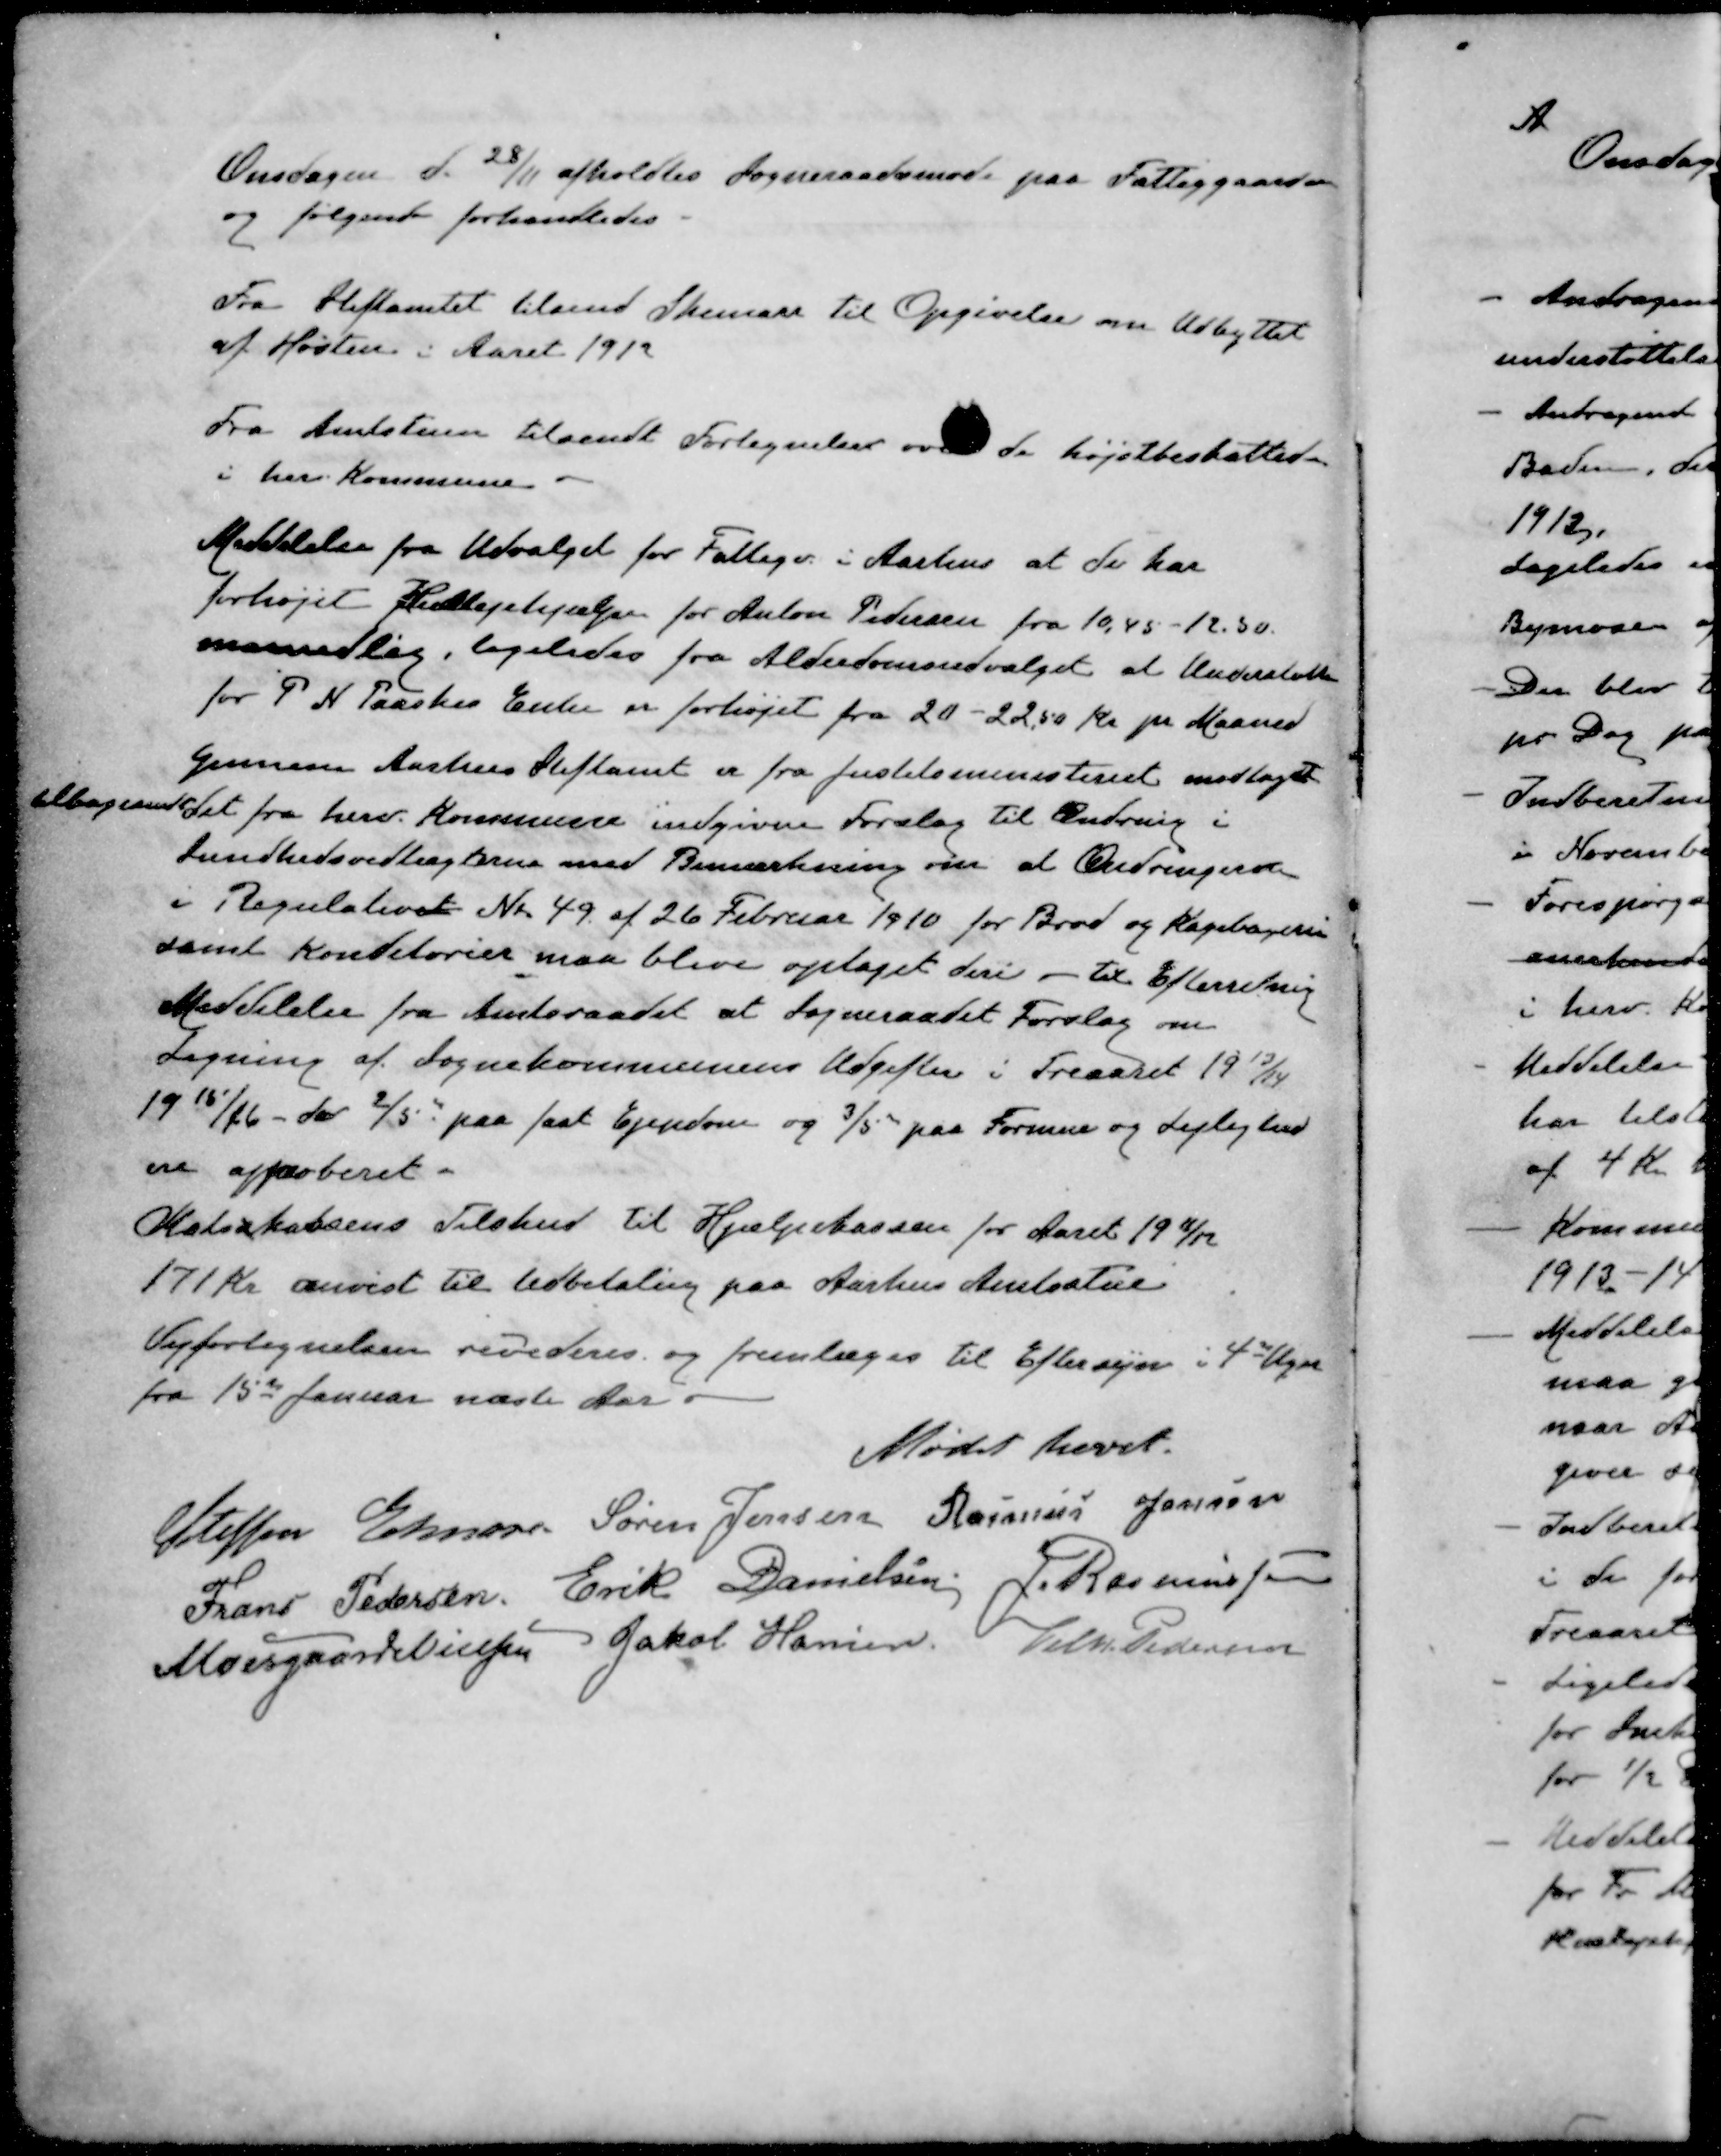
Transskription:
Onsdagen d. 20/11 afholdtes Sogneraadsmøde paa Fattiggaarden
og følgende forhandledes
Fra Stiftamtet tilsend Skemaer til Opgivelse om Udbyttet
af Høsten i Aaret 1912
Fra Amtstuen tilsendt Fortegnelser over de højstbeskattede
i herv Kommune
Meddelelse fra Udvalget for Fattigv i Aarhus at de har
forhøjet Huslejehjælpen for Anton Pedersen fra 10,45 - 12,50.
maanedlig, ligeledes fra Alderdomsudvalget at Understøtten 
for P. N. Taaskes Enke er forhøjet fra 20 - 22,50 Kr pr Maaned
Gennem Aarhus Stiftamt er fra Justitsministeriet modtaget
tlbagesendt det fra herv. Kommune indgivne Forslag til Ændring i
Sundhedsvedtægterne med Bemærkning om at Ændringerne
i Regulativet Nr. 49 af 26 Februar 1910 for Brød og Kagebagerne
samt Konditorier maa blive optaget deri - til Efterretning
Meddelelse fra Amtsraadet at Sogneraadet Forslag om
Ligning af Sognekommunens Udgifter i Treaaret 1913/14
1915/16 - da 2/5 paa fast Ejendom og 3/5 paa Formue og Lejlighed
en approberet.
Statsskassens Tilskud til Hjælpekassen for Aaret 1911/12
171 Kr anvist til Udbetaling paa Aarhus Amtsstue
Vejfortegnelsen revideres og fremlæges til Eftersyn i 4 Uger
fra 15de Januar næste Aar
Mødet hævet.
Steffen Elmose
Søren Jensen
Rasmus Jensen
Frans Pedersen
Erik Danielsen
J. Rasmussen
Moesgaard Nielsen
Jakob Hansen
Vilh. Pedersen